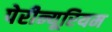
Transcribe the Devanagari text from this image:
पेरीन्यूरियम